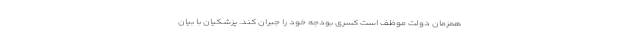
همزمان دولت موظف است کسری بودجه خود را جبران کند. پزشکیان با بیان